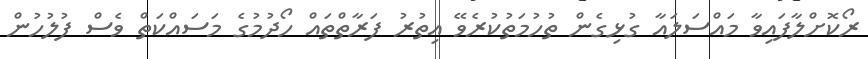
ރޯކޮށްލާފައިވާ މައްސަލައާ ގުޅިގެން ތުހުމަތުކުރެވޭ އިތުރު ފަރާތްތައް ހޯދުމުގެ މަސައްކަތް ވެސް ފުލުހުން